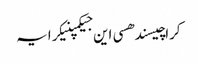
کراچیسندھسی این جیکمپنیکرایہ